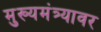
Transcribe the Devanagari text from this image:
मुख्यमंत्र्यावर